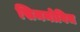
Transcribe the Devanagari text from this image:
सिमनोविच